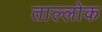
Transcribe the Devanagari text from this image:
ताल्लोक